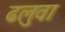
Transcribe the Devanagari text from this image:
ढलुवा